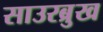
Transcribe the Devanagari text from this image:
साउरब्रुख